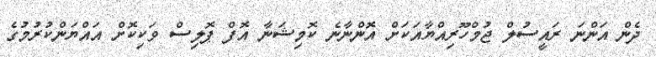
ދެން އަންނަ ރައީސުލް ޖުމްހޫރިއްޔާއަކަށް އޮންނާނެ ކޮމިޝަނާ އޮފް ޕޮލިސް ވަކިކޮށް އައްޔަންކުރުމުގެ